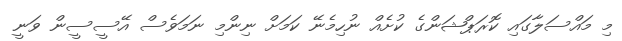
މި މައްސަލާގައި ކޮރަޕްޝަންގެ ކުށެއް ނުހިމެނޭ ކަމަށް ނިންމި ނަމަވެސް އޭސީސީން ވަނީ